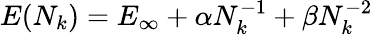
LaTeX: \begin{array}{r}{E(N_{k})=E_{\infty}+\alpha N_{k}^{-1}+\beta N_{k}^{-2}}\end{array}